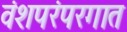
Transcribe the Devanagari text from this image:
वंशपरंपरगात